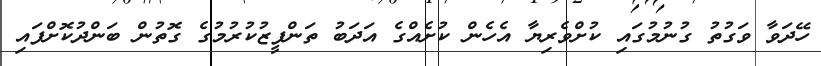
ހޭދަވާ ވަގުތު ގުނުމުގައި ކުށްވެރިޔާ އެހެން ކުށެއްގެ އަދަބު ތަންފީޒުކުރުމުގެ ގޮތުން ބަންދުކޮށްފައި